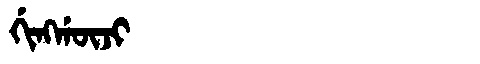
Manchu: ᡤᡳᠩᡤᡡᠵᡳ
Romanization: GINGGŪJI